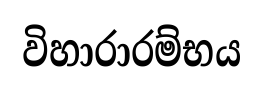
විහාරාරම්භය